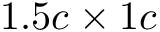
1 . 5 c \times 1 c